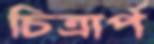
চিত্রার্প